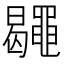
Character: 𪓮